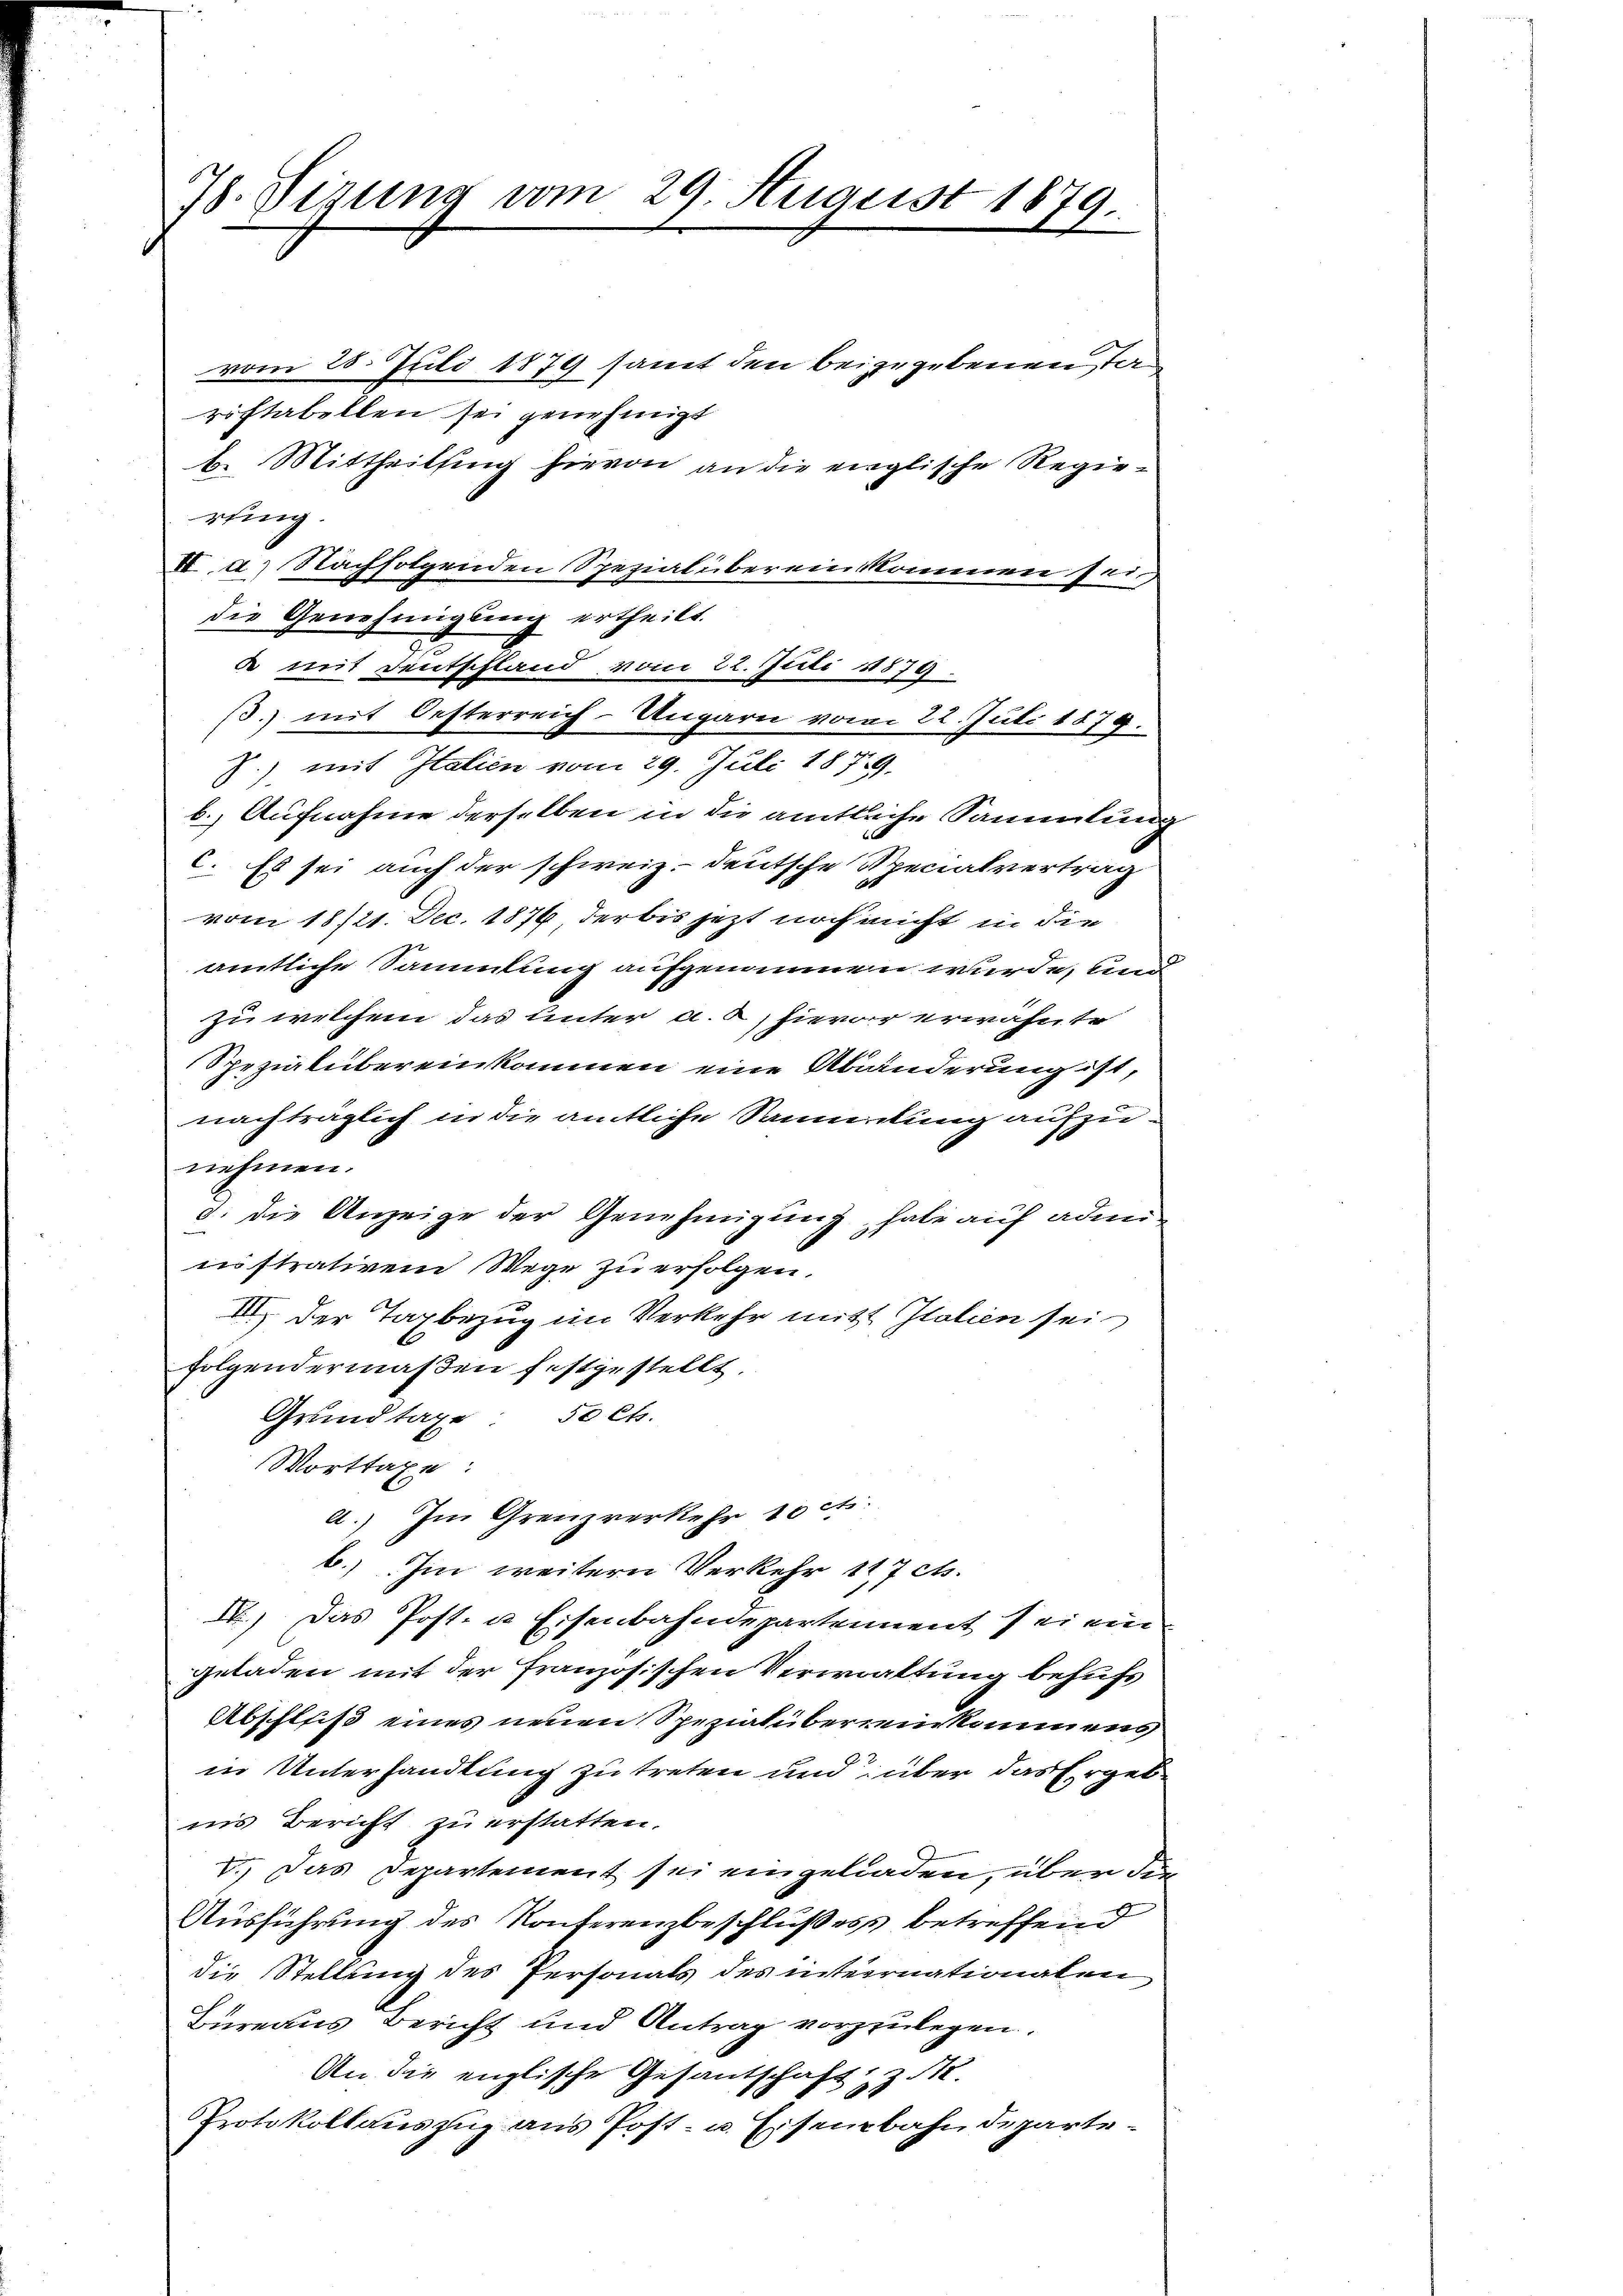
78. Sizung vom 29. August 1879.

vom 28. Juli 1879 samt den beigegebenen Ta
ristabellen sei genehmigt
b. Mittheilsing hievon an die englische Regierting.
I a.) Nachfolgenden Spezial übereinskommen sein
die Genehmigung ertheilt.
de mit Deutschland vom 22. Juli 18879.
(3.) mit Oesterreich-Ungarn vom 22. Juli 1879.
J.), mit Italien vom 29. Juli 1879.
b. Aufnahme derselben in die amtliche Sammlung
c. Es sei auch der schweiz. deutsche Specialvertrag
vom 18/21. Dec. 1876, der bis jetzt noch nicht in die
amtliche Sammlung aufgenommen wurde, und
zu welchem das unter ab, hievor erwähnte
Spezialübereinkommen eine Abänderung ist,
nachträglich in die amtliche Saumdung aufzunehmen.
d. die Anzeige der Genehmigung, habe auf adminnstrativem Wege zu erfolgen.
III. Der Taxbezug im Verkehr mitt Italien sei
folgendermaßen festgestellt
Grundtage 50 Ch.
Morttaxe:
a. Im Grenzverkehr 10 ct:
b.) Im weitern Verkehr 117 cts.
) Das Post- u. Eisenbahndepartement seinen
geladen mit der französischen Verwaltung behufs
Abschleiß eines neuen Spezialübereinkommens
in Unterhandlung zu treten und über das Ergebnns Bericht zu erstatten.
1.) Das Departement sei eingeladen, über den
Ausführung des Konferenzbeschlußess betreffend
die Stellung des Personals des internationalen
Bureaus Bericht und Antrag vorzulegen.
An die englische Gesantschaft, z.
Protokollauszug aus Post- u. Eisenbahndeparte¬